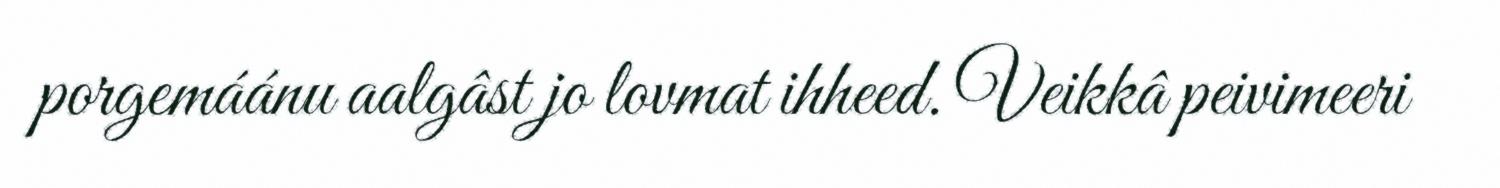
porgemáánu aalgâst jo lovmat ihheed. Veikkâ peivimeeri